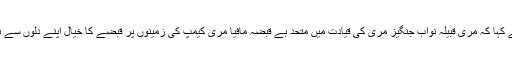
انہوں نے کہا کہ مری قبیلہ نواب جنگیز مری کی قیادت میں متحد ہے قبضہ مافیا مری کیمپ کی زمینوں پر قبضے کا خیال اپنے دلوں سے نکال دیں